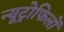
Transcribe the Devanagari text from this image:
न्यूट्रोफिलों